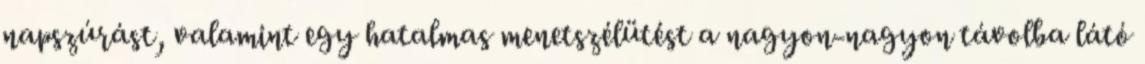
napszúrást, valamint egy hatalmas menetszélütést a nagyon-nagyon távolba látó